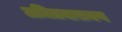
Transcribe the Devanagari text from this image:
अजितनारायण